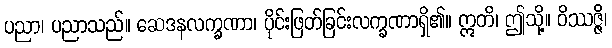
ပညာ၊ ပညာသည်။ ဆေဒနလက္ခဏာ၊ ပိုင်းဖြတ်ခြင်းလက္ခဏာရှိ၏။ ဣတိ၊ ဤသို့။ ဝိဿဇ္ဇိ၊